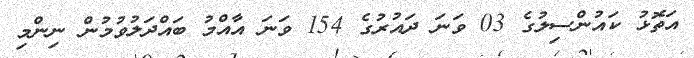
އަތޮޅު ކައުންސިލުގެ 03 ވަނަ ދައުރުގެ 154 ވަނަ އާއްމު ބައްދަލުވުމުން ނިންމި